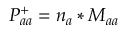
P _ { a a } ^ { + } = n _ { a } * M _ { a a }